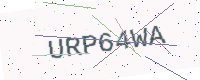
Text: URP64WA